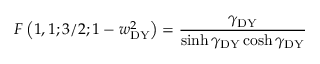
F \left( 1 , 1 ; 3 / 2 ; 1 - w _ { \mathrm { D Y } } ^ { 2 } \right) = \frac { \gamma _ { \mathrm { D Y } } } { \sinh \gamma _ { \mathrm { D Y } } \cosh \gamma _ { \mathrm { D Y } } }